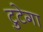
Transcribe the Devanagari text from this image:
टुटेगा